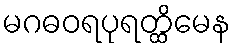
မဂဓဝရပုရတ္ထိမေန